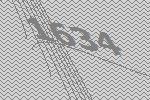
1634